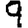
Digit: 9